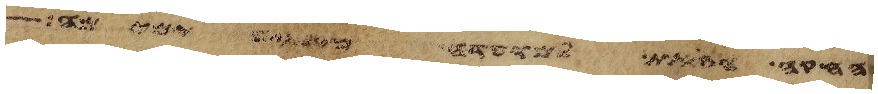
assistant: החקה הזאת למועדה מימים ימימה